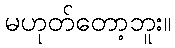
မဟုတ်တော့ဘူး။